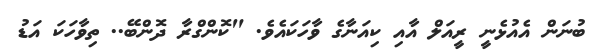
ބުނަން އެއުޅެނީ ރީއަލް އާއި ކިއަނާގެ ވާހަކައެވެ. "ކޮންގްރާ ދޮންބޭ.. ތިވާހަކަ އަޑު